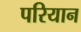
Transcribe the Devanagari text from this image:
परियान